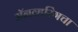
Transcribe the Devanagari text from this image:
मॅनव्हरिंगचा